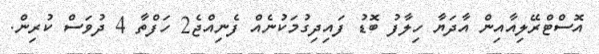
އޮސްޓްރޭލިއާއިން އާދަޔާ ހިލާފު ބޮޑު ފައިދިގުމަކުނެއް ފެނިއްޖެ2 ހަފްތާ 4 ދުވަސް ކުރިން.